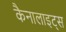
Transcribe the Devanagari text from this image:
कैनालाइट्स